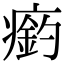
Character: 瘹